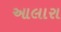
આલારા